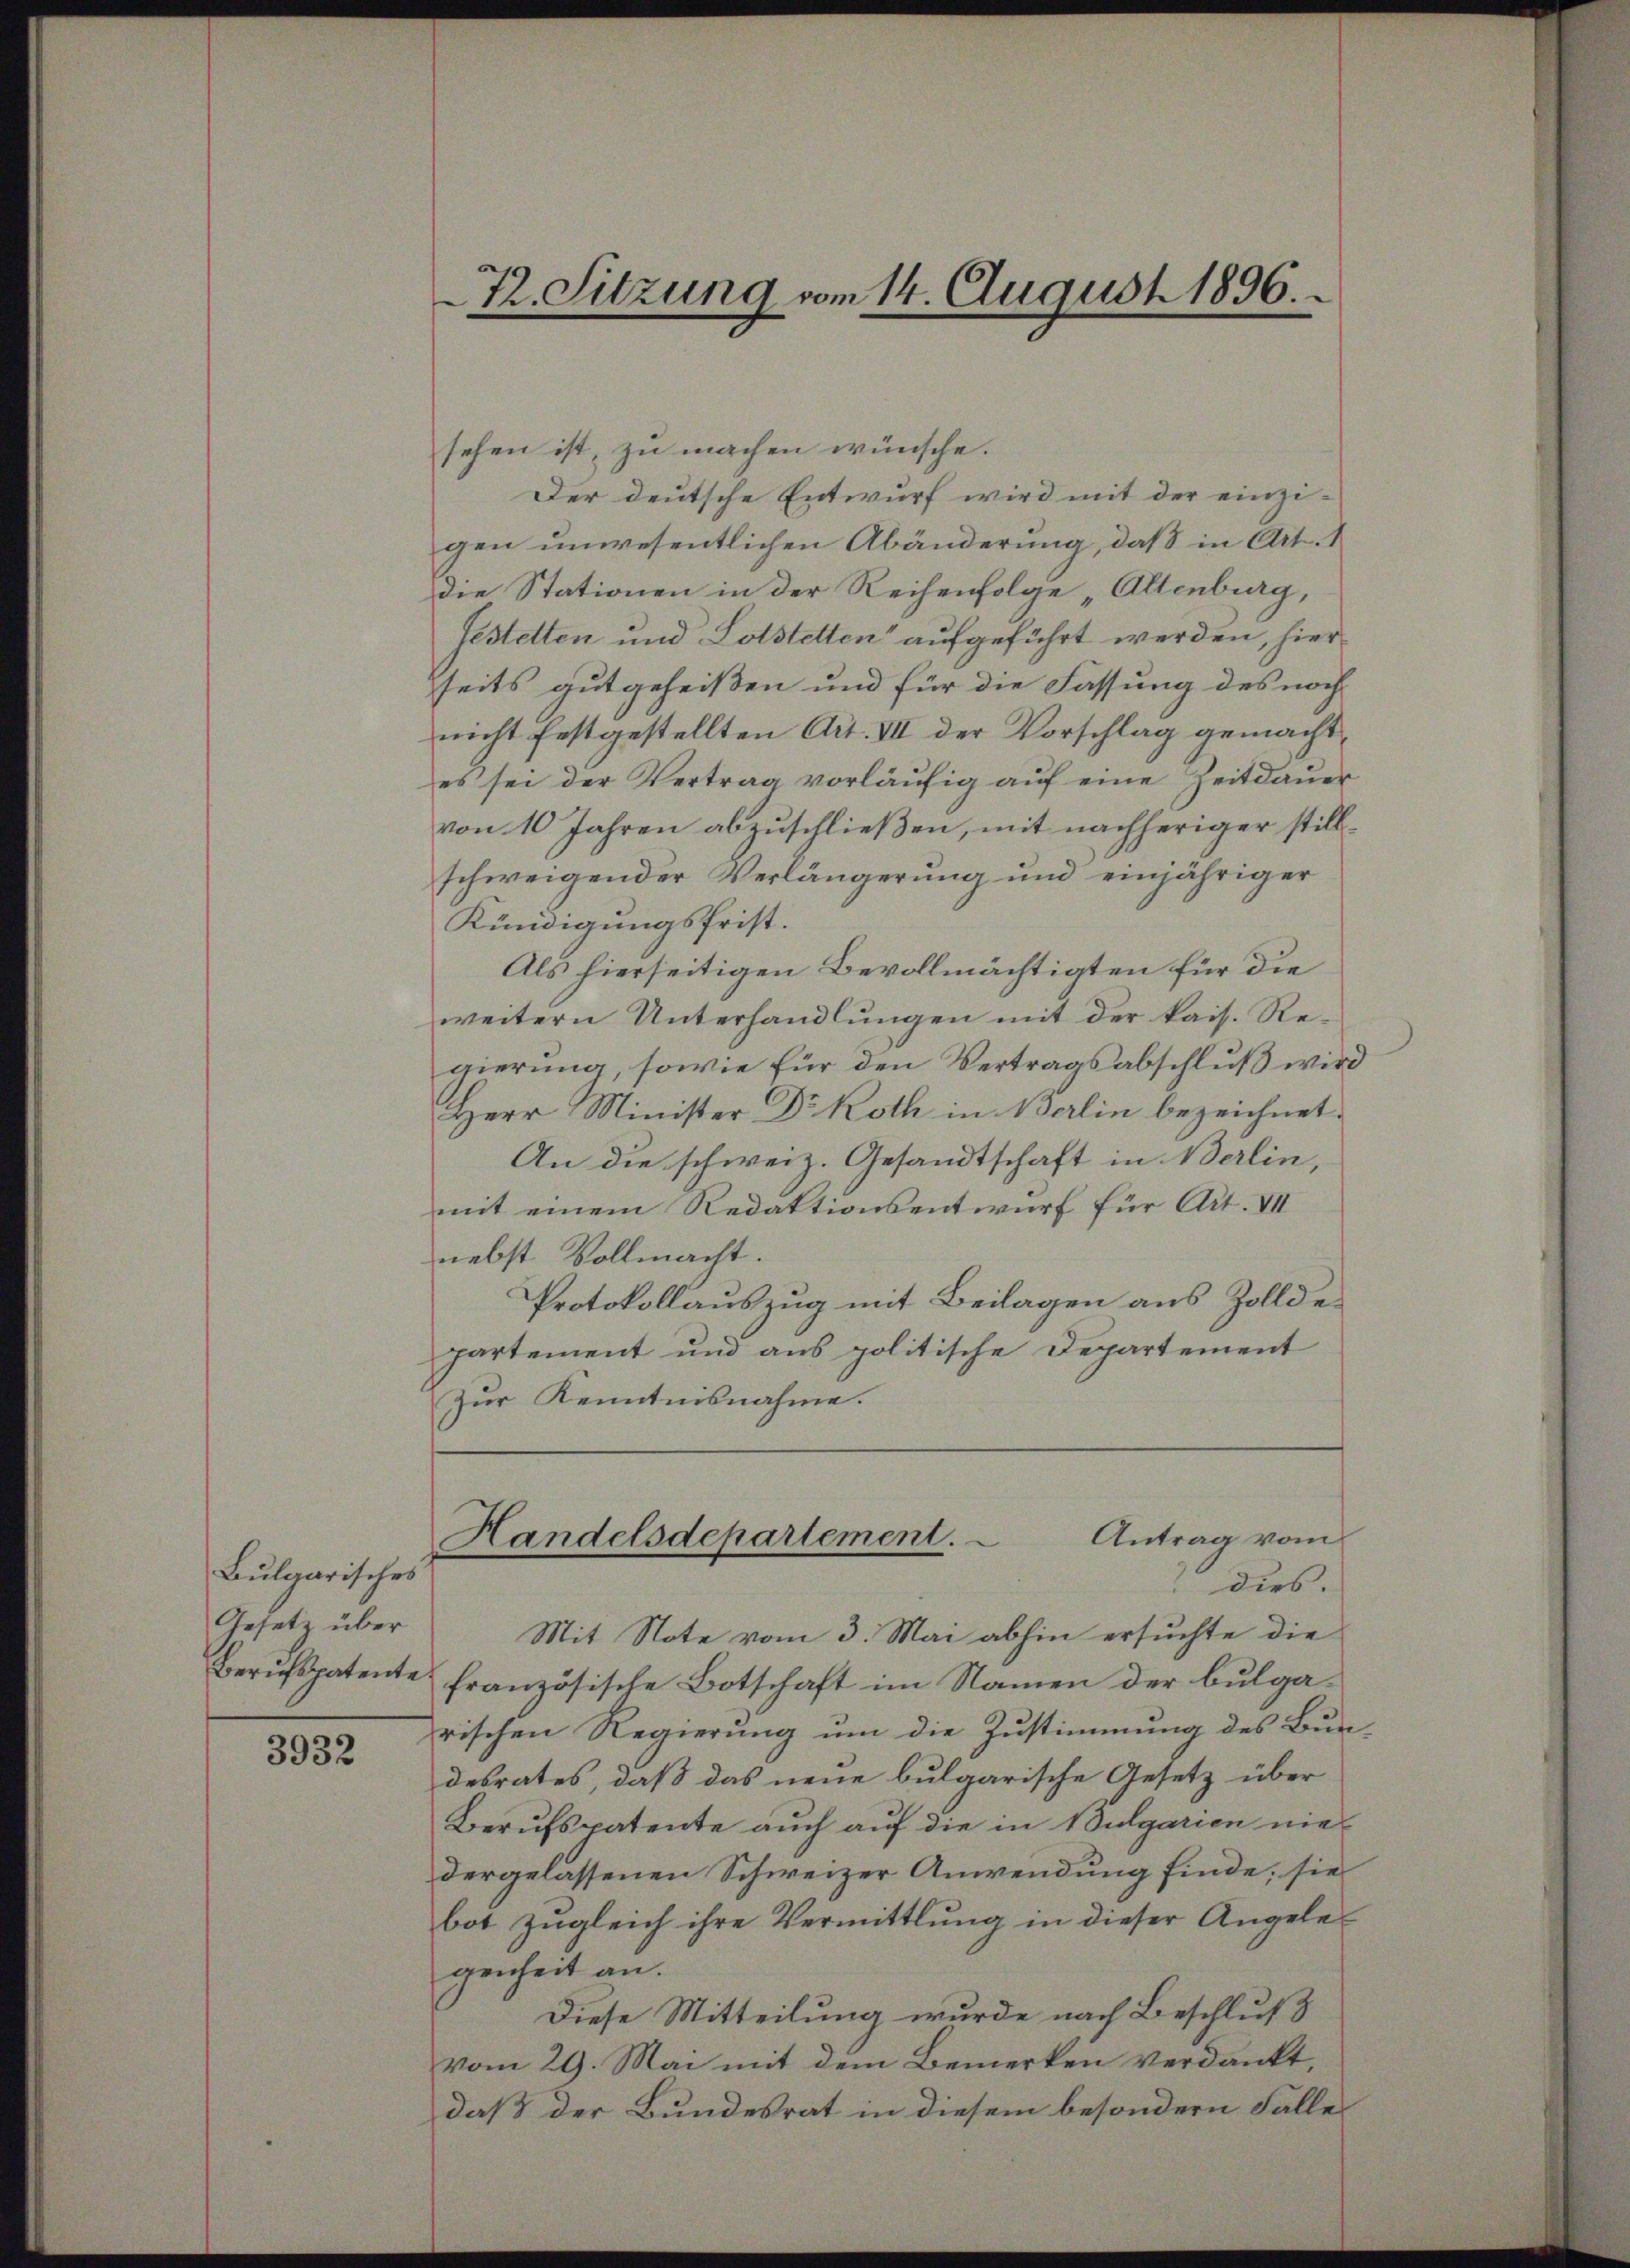
Bulgarisches
Gesetz über
Berufspatente

3932

sehen ist, zu machen wünsche.
Der deutsche Entwurf wird mit der einzigen unwesentlichen Abänderung, daß in Art. 1
die Stationen in der Reihenfolge „Altenburg,
Festetten und Lotstetten“ aufgeführt werden, hierseits gutgeheißen und für die Fassung des noch
nicht festgestellten Art. VII der Vorschlag gemacht,
es sei der Vertrag vorläufig auf eine Zeitdauer
von 10 Jahren abzuschließen, mit nachheriger stillschweigender Verlängerung und einjähriger
Kündigungsfrist.
Als hierseitigen Bevollmächtigten für die
weitern Unterhandlungen mit der kais. Regierung, sowie für den Vertragsabschluß wird
Herr Minister Dr Roth in Berlin bezeichnet.
An die schweiz. Gesandtschaft in Berlin,
mit einem Redaktionsentwurf für Art. VII
nebst Vollmacht.
Protokollauszug mit Beilagen aus Zolldepartement und aus politische Departement
Zur Kenntnisnahme.

72. Sitzung vom 14. August 1896.

Antrag vom
Handelsdepartement.
dies.

Mit Note vom 3. Mai abhin ersuchte die
französische Botschaft im Namen der bulgarischen Regierung um die Zustimmung des Bundesrates, daß das neue bulgarische Gesetz über
Berufspatente auch auf die in Bulgarien nie
dergelassenen Schweizer Anwendung finde; sie
bot zugleich ihre Vermittlung in dieser Angelegenheit an.
Diese Mitteilung wurde nach Beschluß
vom 29. Mai mit dem Bemerken verdankt,
daß der Bundesrat in diesem besondern Falles